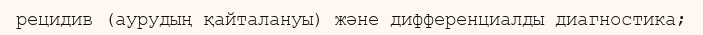
рецидив (аурудың қайталануы) және дифференциалды диагностика;